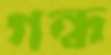
গন্ধ